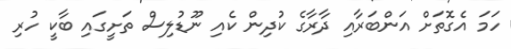
ހަމަ އެގޮތަށް އަންބަރާއި ދާރާގެ ކުދިން ކެއި ނޫޑުލިސް ތަށީގައި ބާކީ ހުރި